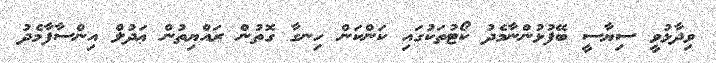
ވިދާޅުވީ ސިޔާސީ ބޭފުޅުންނާމެދު ކޯޓުތަކުގައި ކަންކަން ހިނގާ ގޮތުން ރައްޔިތުން ޢަދުލް އިންސާފާމެދު